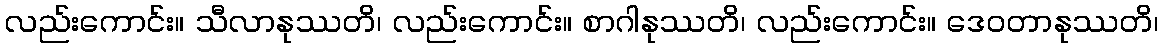
လည်းကောင်း။ သီလာနုဿတိ၊ လည်းကောင်း။ စာဂါနုဿတိ၊ လည်းကောင်း။ ဒေဝတာနုဿတိ၊